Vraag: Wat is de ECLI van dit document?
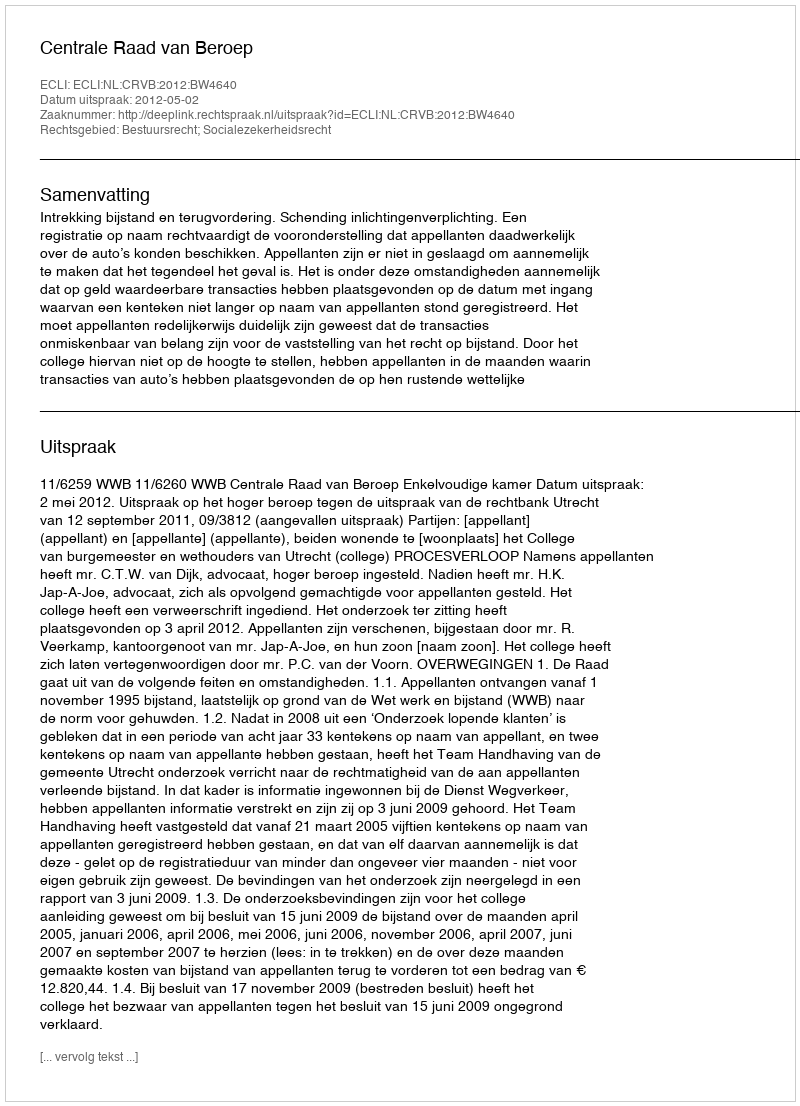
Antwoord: ECLI:NL:CRVB:2012:BW4640